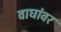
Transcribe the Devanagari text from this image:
वाघांवर